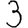
Digit: 3